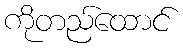
ကိုတည်ထောင်